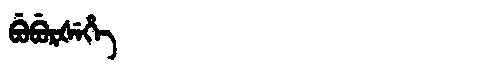
Manchu: ᠪᡠᠪᡠᡵᡧᡝᡥᡝ
Romanization: BUBURŠEHE